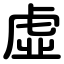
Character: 虛